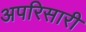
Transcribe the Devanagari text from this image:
अपरिसारी